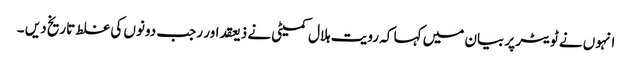
انہوں نے ٹویٹر پر بیان میں کہا کہ رویت ہلال کمیٹی نے ذیعقداور رجب دونوں کی غلط تاریخ دیں ۔